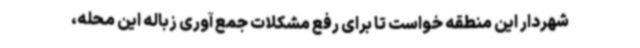
شهردار این منطقه خواست تا برای رفع مشکلات جمع آوری زباله این محله،